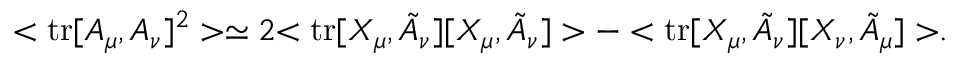
< \mathrm { t r } [ A _ { \mu } , A _ { \nu } ] ^ { 2 } > \simeq 2 { < \mathrm { t r } [ X _ { \mu } , \tilde { A } _ { \nu } ] [ X _ { \mu } , \tilde { A } _ { \nu } ] > - < \mathrm { t r } [ X _ { \mu } , \tilde { A } _ { \nu } ] [ X _ { \nu } , \tilde { A } _ { \mu } ] > } .